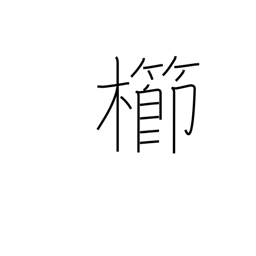
Meaning: comb